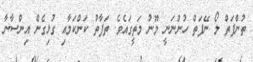
ތުންފަތް ލޯ ނޭފަތް ހުންނަނީ މޫނު މަތީގައެވެ. ތަފާތު ކަންކަމާއި ގުޅިގެން އިންސާނާ